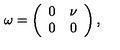
\omega = \left( \begin{array} { r r } { 0 } & { \nu } \\ { 0 } & { 0 } \\ \end{array} \right) ,